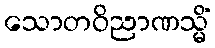
သောတဝိညာဏသ္မိံ